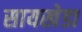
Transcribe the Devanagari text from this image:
सायखेडा